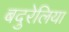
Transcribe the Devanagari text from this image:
बदुरेलिया